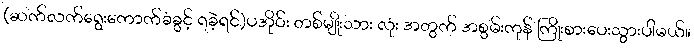
(ဆက်လက်ရွေးကောက်ခံခွင့် ရခဲ့ရင်)ပအိုဝ်း တစ်မျိုးသား လုံး အတွက် အစွမ်းကုန် ကြိုးစားပေးသွားပါမယ်။